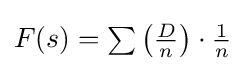
{\textstyle F(s)=\sum \left({\frac {D}{n}}\right)\cdot {\frac {1}{n}}}